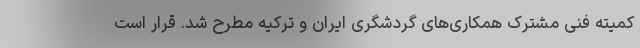
کمیته فنی مشترک همکاری‌های گردشگری ایران و ترکیه مطرح شد. قرار است